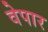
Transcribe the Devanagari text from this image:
वेपार